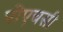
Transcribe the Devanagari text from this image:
पीएचसी